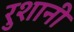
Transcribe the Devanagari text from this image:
रुशानी